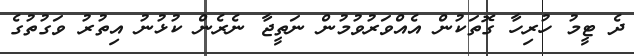
ދެ ޓީމު ހުރިހާ ގޮތަކުން އެއްވަރުވުމުން ނަތީޖާ ނެރެން ކުޅުނު އިތުރު ވަގުތުގެ